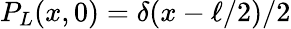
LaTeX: P_{L}(x,0)=\delta(x-\ell/2)/2